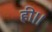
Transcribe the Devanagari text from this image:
ही।।